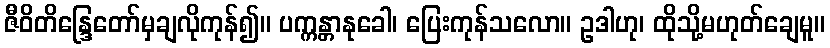
ဇီဝိတိန္ဒြေတော်မှချလိုကုန်၍။ ပက္ကန္တာနုခေါ၊ ပြေးကုန်သလော။ ဥဒါဟု၊ ထိုသို့မဟုတ်ချေမူ။